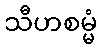
သီဟစမ္မံ